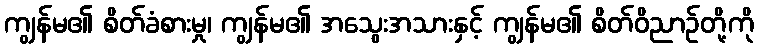
ကျွန်မ၏ စိတ်ခံစားမှု၊ ကျွန်မ၏ အသွေးအသားနှင့် ကျွန်မ၏ စိတ်ဝိညာဉ်တို့ကို